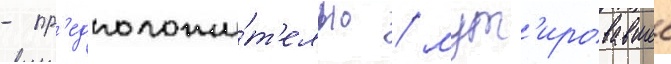
- пр'едположи́т'ельно / мут'ировавшее